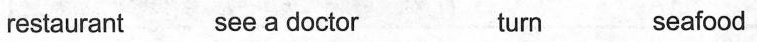
restaurant see a doctor turn seafood